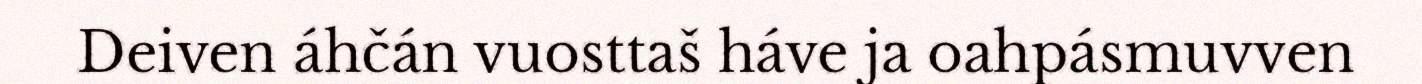
Deiven áhčán vuosttaš háve ja oahpásmuvven